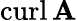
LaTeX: \mathrm{curl}\, \mathbf{A}